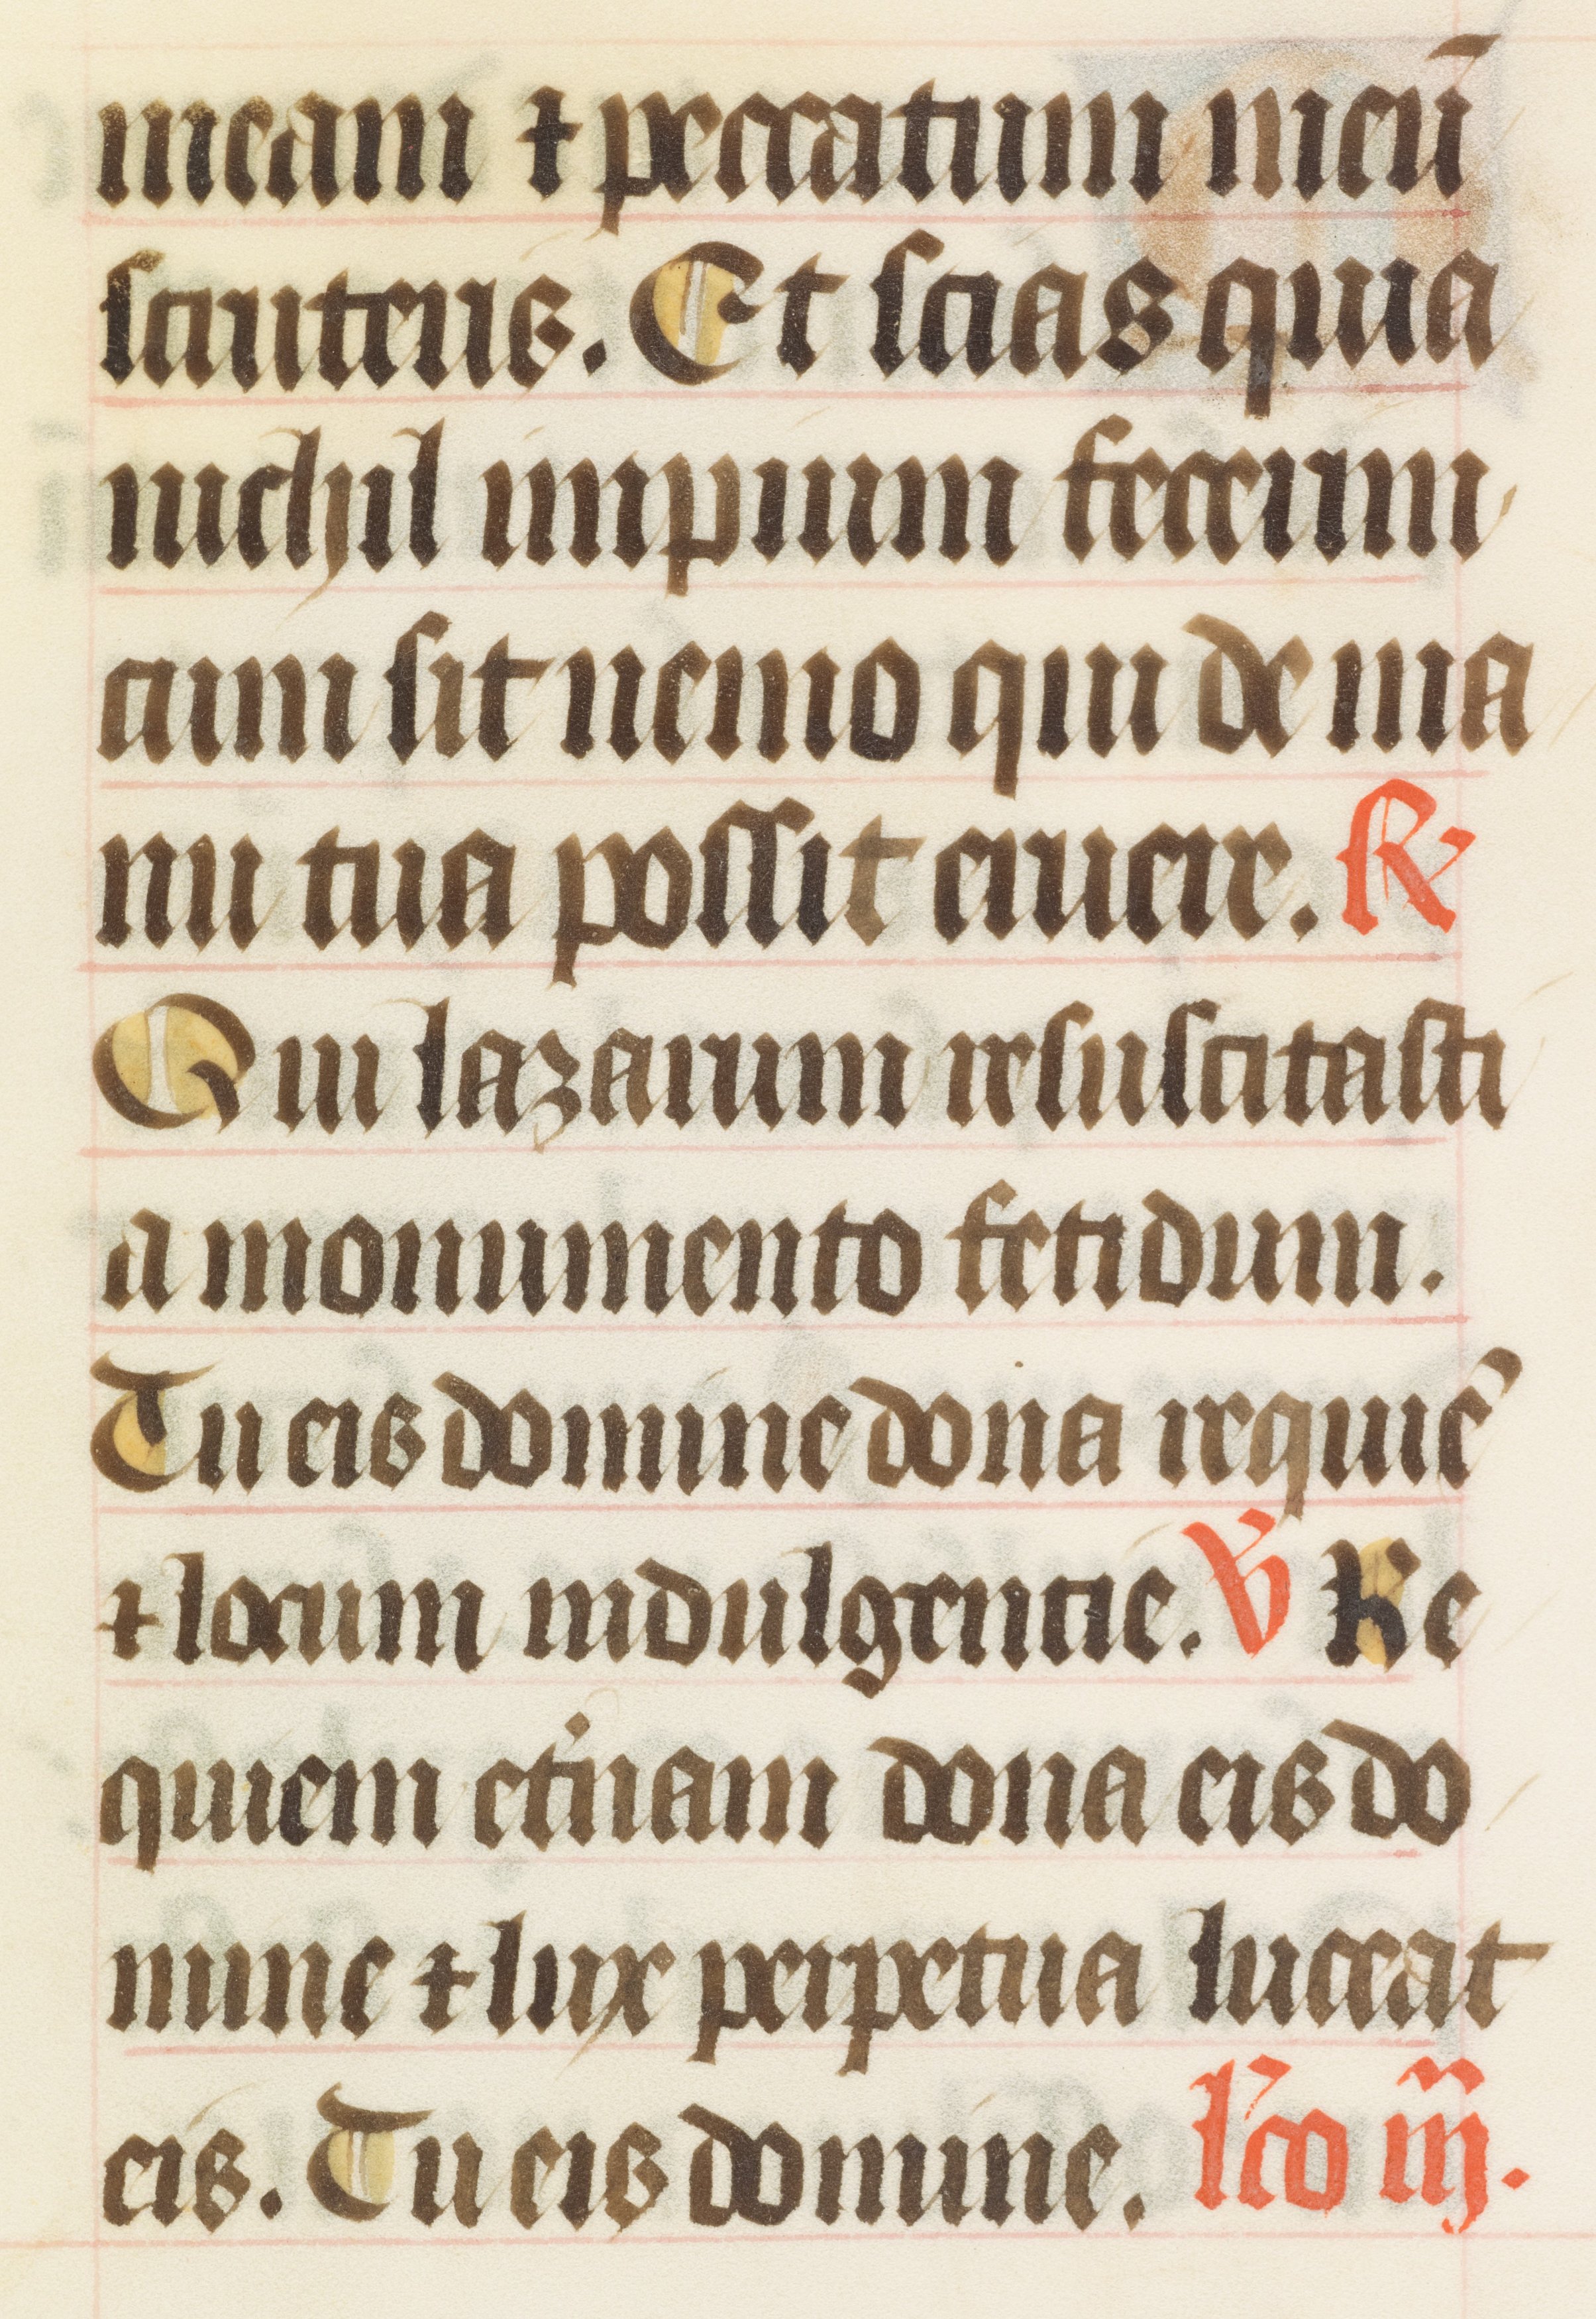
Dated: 1414–1445